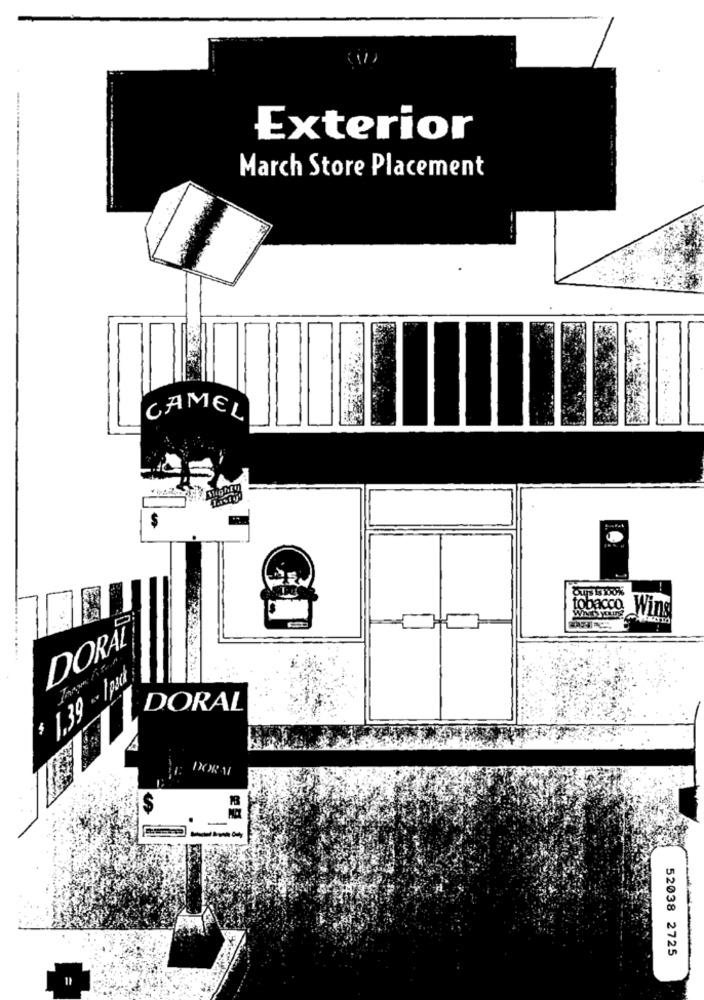
Exterior
March Store Placement
CAMEL
tobacco Wins
DORAL
$ 1,39 - 1pack
DORAL
DOR A1
$
52038 2725